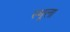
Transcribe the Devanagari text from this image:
स्थूला